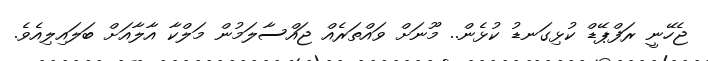
ޖެހޭނީ ރަފްޕޭޑް ކުޅިގަނޑު ކުޅެން.. މޫނަށް ވައްތަރެއް ޖައްސާލަމުން މަލްކާ އާލާއަށް ބަލައިލިއެވެ.